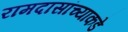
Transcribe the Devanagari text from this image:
रामदासांच्याकडे